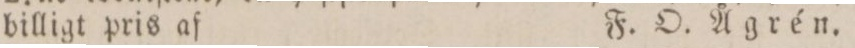
billigt pris af    F. O. Ågrén.